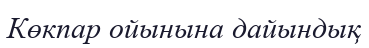
Көкпар ойынына дайындық